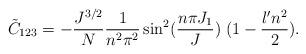
LaTeX: \begin{align*}\tilde{C}_{123} = -\frac{J^{3/2}}{N}\frac{1}{n^2 \pi^2} \sin^2(\frac{n \pi J_1}{J}) \;(1- \frac{\l' n^2}{2}).\end{align*}